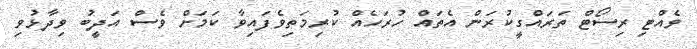
ވެއްޓި ރިސޯޓް ތަރައްގީކުރަން އެތައް ހުރަހެއް ކުރިމަތިވެފައިވާ ކަމަށް ވެސް އަދީބު ވިދާޅުވި